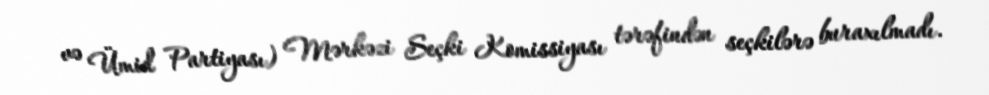
və Ümid Partiyası) Mərkəzi Seçki Komissiyası tərəfindən seçkilərə buraxılmadı.